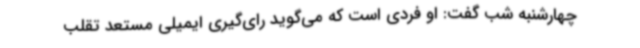
چهارشنبه شب گفت: او فردی است که می‌گوید رای‌گیری ایمیلی مستعد تقلب